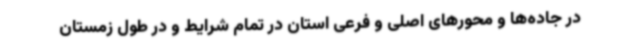
در جاده‌ها و محورهای اصلی و فرعی استان در تمام شرایط و در طول زمستان